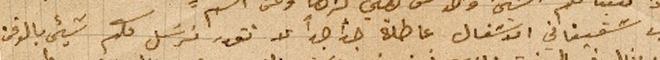
الآن شقيقاتي الاشغال عاطلة جداًجداً لا نقدر نرسَل  لكم شيء بالوقت